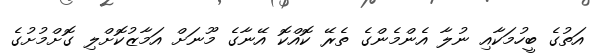
އަތުގެ ބީހުމަކާއި ނުލާ އެންމެންގެ ތެރޭ ކޮއްކޮ އޭނާގެ މޫނަށް އަމާޒުކޮށްލި ގޮށްމުށުގެ